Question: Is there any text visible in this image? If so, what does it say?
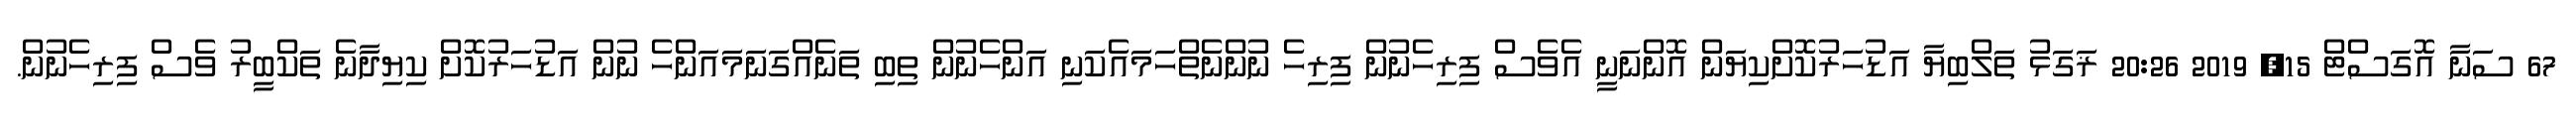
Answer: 67 ސަނާ އޮގަސްޓް 15, 2019 20:26 ޜަގަޅު ތަލްބިޔާ އަޑުހަރުކޮށްކިޔަން އޮންނަނީ އެވެސް ފިރިހެނުން ފިރިހެ ނުންނެތްހަމައެކަނި އަންހެނުން ތިބި ތަނެއްގަނަމައަންހެ ނުން އަޑުހަރުކޮށް ކިޔިދާނެ ތަކްބީރު ވެސް ފިރިހެނުން.